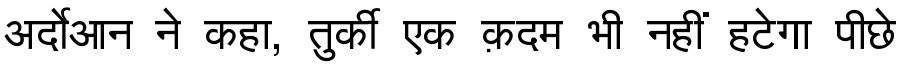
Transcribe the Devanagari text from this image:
अर्दोआन ने कहा, तुर्की एक क़दम भी नहीं हटेगा पीछे